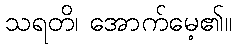
သရတိ၊ အောက်မေ့၏။